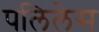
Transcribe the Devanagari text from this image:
पलिलेस